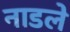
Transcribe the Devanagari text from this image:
नाडले